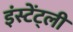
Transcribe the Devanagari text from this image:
इंस्टेंट्ली